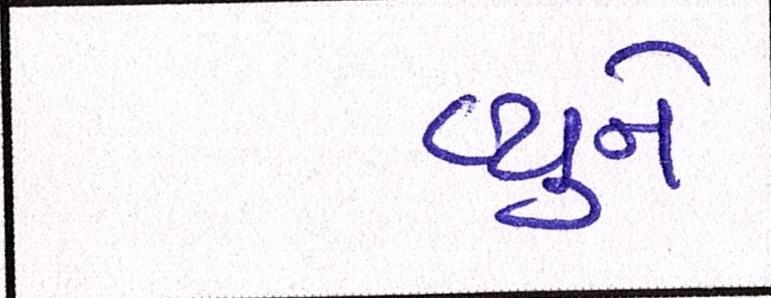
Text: હ્યુને